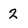
Character: 2